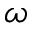
\omega